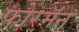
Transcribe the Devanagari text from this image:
फोरमॅन